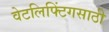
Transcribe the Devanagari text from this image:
वेटलिफ्टिंगसाठी